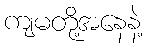
ကျမတို့အနေနဲ့